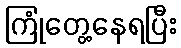
ကြုံတွေ့နေရပြီး